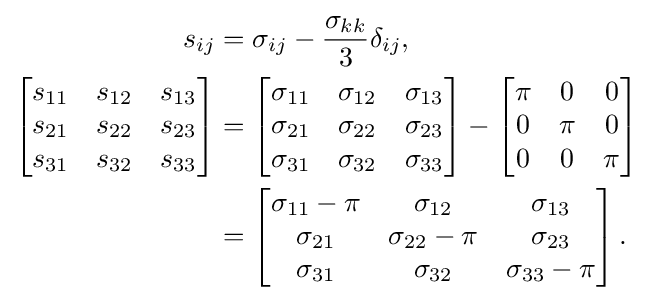
{\begin{aligned}s_{ij}&=\sigma _{ij}-{\frac {\sigma _{kk}}{3}}\delta _{ij},\,\\\left[{\begin{matrix}s_{11}&s_{12}&s_{13}\\s_{21}&s_{22}&s_{23}\\s_{31}&s_{32}&s_{33}\end{matrix}}\right]&=\left[{\begin{matrix}\sigma _{11}&\sigma _{12}&\sigma _{13}\\\sigma _{21}&\sigma _{22}&\sigma _{23}\\\sigma _{31}&\sigma _{32}&\sigma _{33}\end{matrix}}\right]-\left[{\begin{matrix}\pi &0&0\\0&\pi &0\\0&0&\pi \end{matrix}}\right]\\&=\left[{\begin{matrix}\sigma _{11}-\pi &\sigma _{12}&\sigma _{13}\\\sigma _{21}&\sigma _{22}-\pi &\sigma _{23}\\\sigma _{31}&\sigma _{32}&\sigma _{33}-\pi \end{matrix}}\right].\end{aligned}}